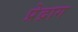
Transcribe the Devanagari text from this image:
प्रेद्राग